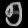
Digit: ၅